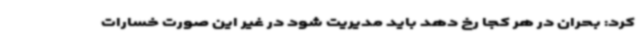
کرد: بحران در هر کجا رخ دهد باید مدیریت شود در غیر این صورت خسارات